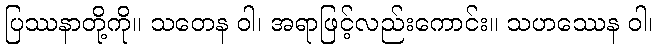
ပြဿနာတို့ကို။ သတေန ဝါ၊ အရာဖြင့်လည်းကောင်း။ သဟဿေန ဝါ၊